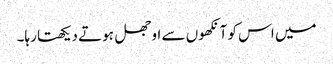
میں اس کو آنکھوں سے اوجھل ہوتے دیکھتا رہا۔